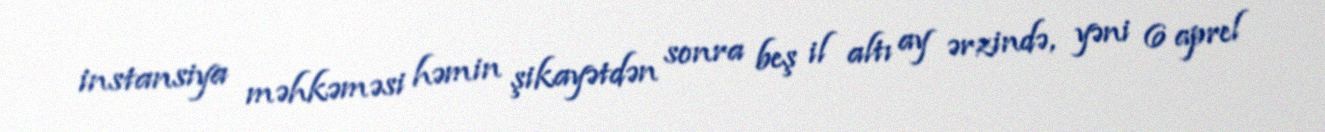
instansiya məhkəməsi həmin şikayətdən sonra beş il altı ay ərzində, yəni 6 aprel